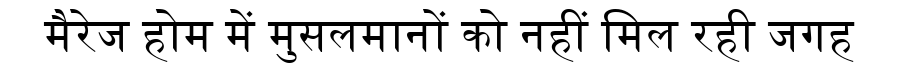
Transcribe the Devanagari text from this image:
मैरेज होम में मुसलमानों को नहीं मिल रही जगह